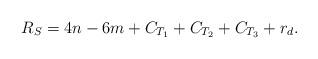
LaTeX: \begin{align*}R_S = 4n-6m + C_{T_1} + C_{T_2} + C_{T_3} + r_d. \end{align*}